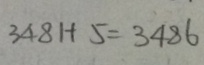
3 4 8 1 + 5 = 3 4 8 6